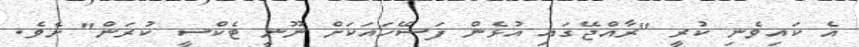
އެ ކައިވެނި ކުރީ "ރާއްޖޭގައި އުޅެން ފަސޭހައަކަށް ނޫނީ ޓެކްސީ ކުރަން" ށެވެ.